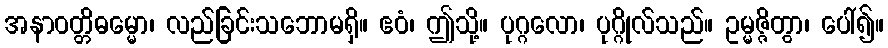
အနာဝတ္တိဓမ္မော၊ လည်ခြင်းသဘောမရှိ။ ဧဝံ၊ ဤသို့။ ပုဂ္ဂလော၊ ပုဂ္ဂိုလ်သည်။ ဥမ္မဇ္ဇိတွာ၊ ပေါ်၍။